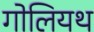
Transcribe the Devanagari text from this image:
गोलियथ